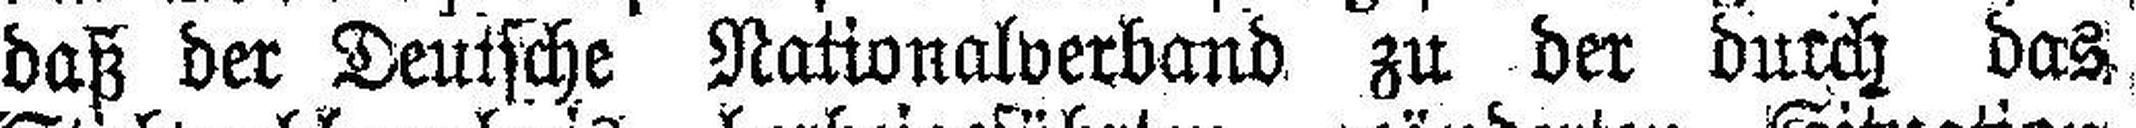
daß der Deutsche Nationalverband zu der durch das